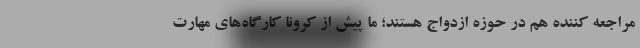
مراجعه کننده هم در حوزه ازدواج هستند؛ ما پیش از کرونا کارگاه‌های مهارت